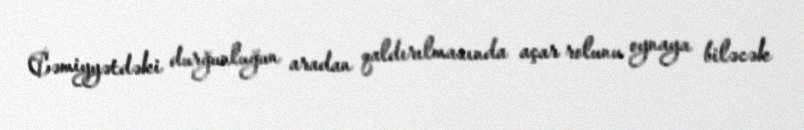
Cəmiyyətdəki durğunluğun aradan qaldırılmasında açar rolunu oynaya biləcək